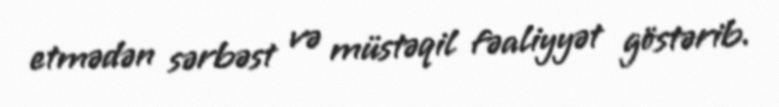
etmədən sərbəst və müstəqil fəaliyyət göstərib.